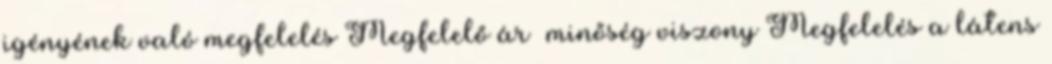
igényének való megfelelés Megfelelő ár minőség viszony Megfelelés a látens